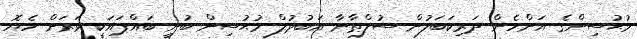
މުޙުސިންގެ އަންހެން ދަރިކަބަލުން ސުލްޠާނާ އަބުދުލް މުޙުސިން ބުނީ ބައްޕައަކީ ވަރަށް ހެޔޮ